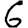
Digit: 6